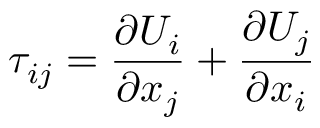
\tau _ { i j } = \frac { \partial U _ { i } } { \partial x _ { j } } + \frac { \partial U _ { j } } { \partial x _ { i } }